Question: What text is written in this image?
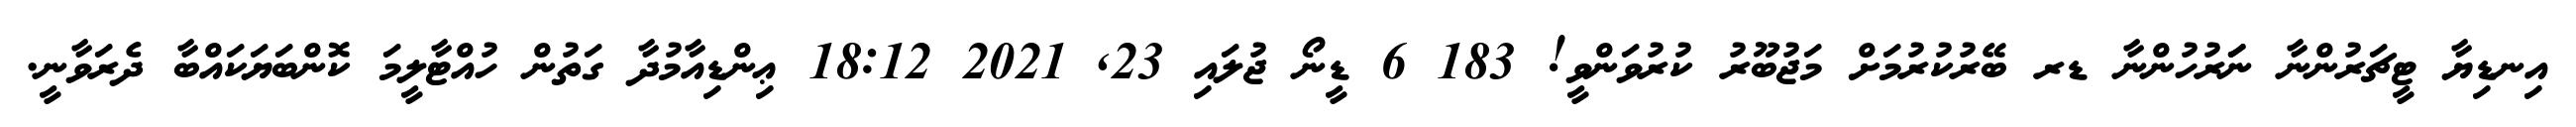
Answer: އިނޑިޔާ ޓީޗަރުންނާ ނަަރުހުންނާ ޑރ ބޭރުކުރުމަށް މަޖުބޫރު ކުރުވަންވީ! 183 6 ޑީނޯ ޖުލައި 23, 2021 18:12 ޢިންޑިއާމުދާ ގަތުން ހުއްޓާލީމަ ކޮންބަޔަކައްބާ ދެރަވާނީ.